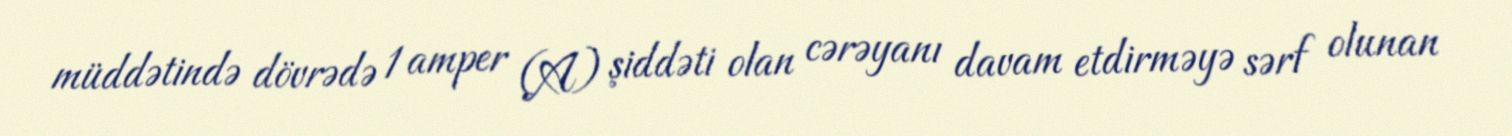
müddətində dövrədə 1 amper (A) şiddəti olan cərəyanı davam etdirməyə sərf olunan